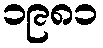
၁၉၈၁